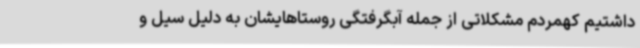
داشتیم کهمردم مشکلاتی از جمله آبگرفتگی روستاهایشان به دلیل سیل و